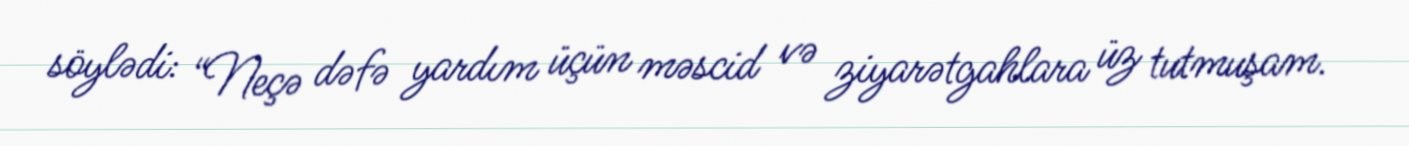
söylədi: “Neçə dəfə yardım üçün məscid və ziyarətgahlara üz tutmuşam.